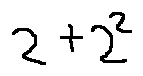
2 + 2 ^ { 2 }